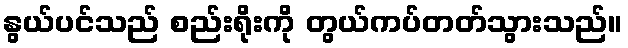
နွယ်ပင်သည် စည်းရိုးကို တွယ်ကပ်တတ်သွားသည်။